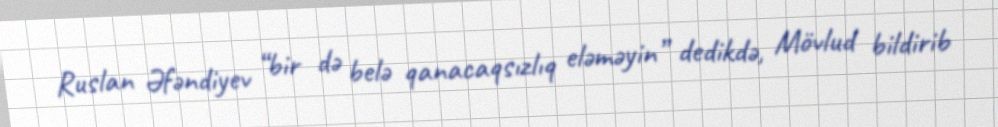
Ruslan Əfəndiyev “bir də belə qanacaqsızlıq eləməyin” dedikdə, Mövlud bildirib